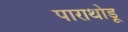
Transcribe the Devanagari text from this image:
पाराथोडू